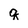
Character: q